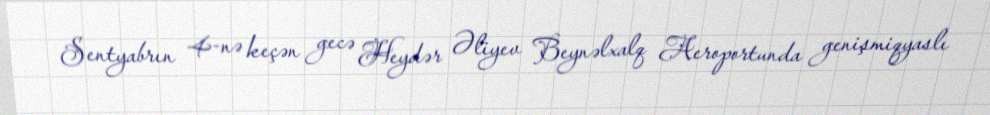
Sentyabrın 4-nə keçən gecə Heydər Əliyev Beynəlxalq Aeroportunda genişmiqyaslı